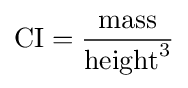
\mathrm {CI} ={\frac {\mathrm {mass} }{\mathrm {height} ^{3}}}